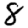
Digit: 8